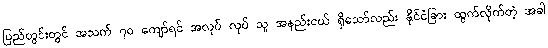
ပြည်တွင်းတွင် အသက် ၇၀ ကျော်ရင် အလုပ် လုပ် သူ အနည်းငယ် ရှိသော်လည်း နိုင်ငံခြား ထွက်လိုက်တဲ့ အခါ